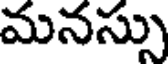
మనస్సు